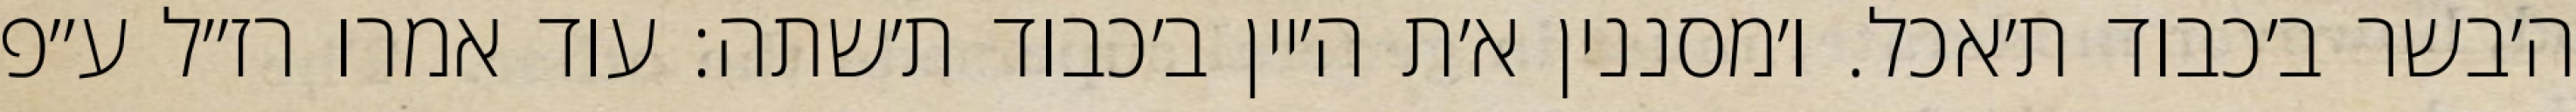
ה׳בשר ב׳כבוד ת׳אכל. ו׳מסננין א׳ת ה׳יין ב׳כבוד ת׳שתה: עוד אמרו רז״ל ע״פ